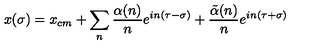
x ( \sigma ) = x _ { c m } + \sum _ { n } { \frac { \alpha ( n ) } { n } } e ^ { i n ( \tau - \sigma ) } + { \frac { \tilde { \alpha } ( n ) } { n } } e ^ { i n ( \tau + \sigma ) }